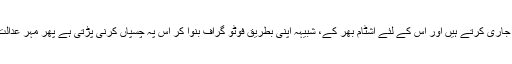
خلاصہ جس کا میں یوں سمجھا کہ اندر جانے کا پروانہ صاحب بہادر کلاں جاری کرتے ہیں اور اُس کے لئے اشٹام بھر کے، شبیہہ اپنی بطریق فوٹو گراف بنوا کر اُس پہ چسپاں کرنی پڑتی ہے پھر مہر عدالت کی لگنے اور دستخط حاکم کے ہونے کے بعد اجازت داخلے کی ملتی ہے۔